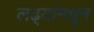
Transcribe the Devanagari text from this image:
लढ्यांमधून